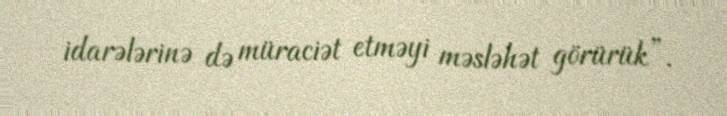
idarələrinə də müraciət etməyi məsləhət görürük”.